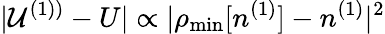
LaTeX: \vert{\cal U}^{(1))}-U\vert\propto\vert\rho_{\mathrm{min}}[n^{(1)}]-n^{(1)}\vert^{2}